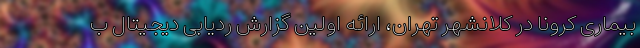
بیماری کرونا در کلانشهر تهران، ارائه اولین گزارش ردیابی دیجیتال ب